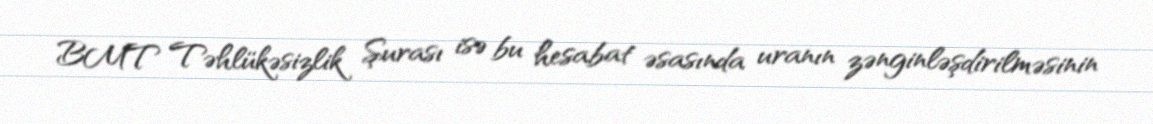
BMT Təhlükəsizlik Şurası isə bu hesabat əsasında uranın zənginləşdirilməsinin